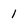
Character: 1